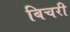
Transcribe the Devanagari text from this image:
बिचरी